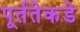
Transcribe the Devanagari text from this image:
पूर्ततेकडे